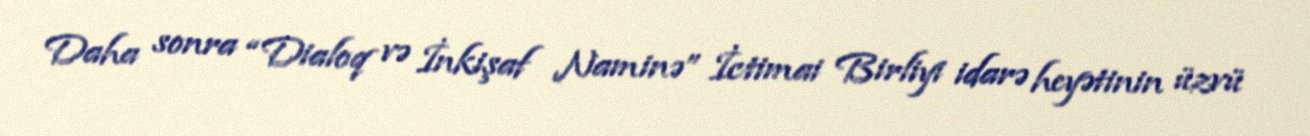
Daha sonra “Dialoq və İnkişaf Naminə” İctimai Birliyi idarə heyətinin üzvü